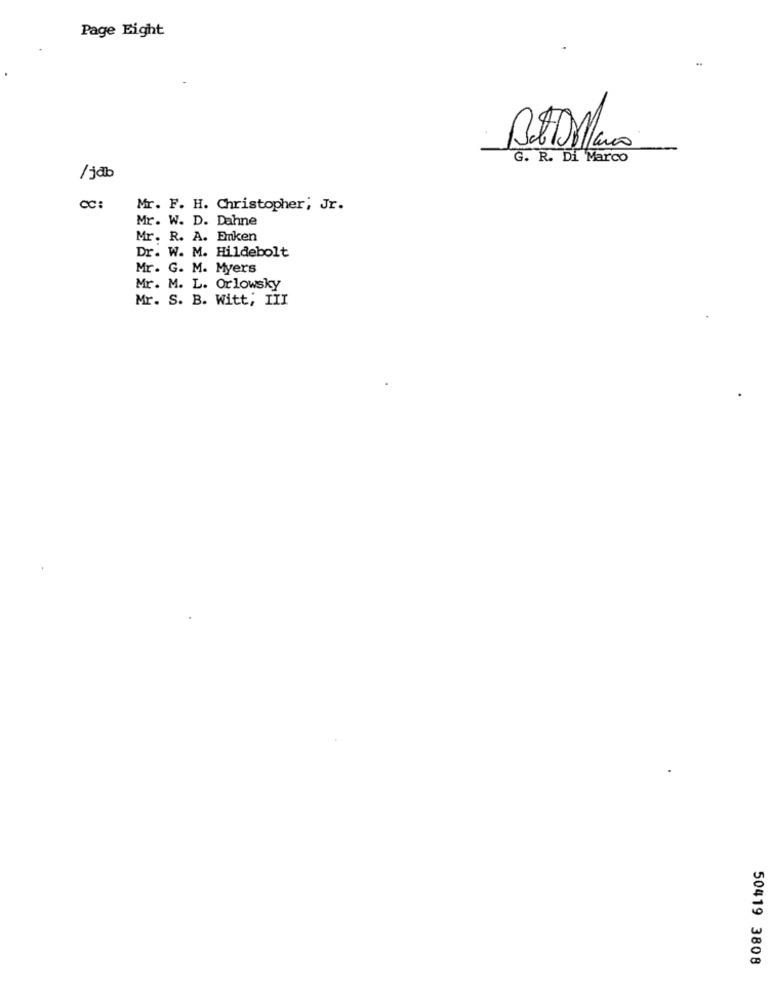
Page Eight
BADMano
G. R. Di Marco
/jdb
CC:
Mr. F. H. Christopher; Jr.
Mr. W. D. Dahne
Mr. R. A. Emken
Dr. W. M. Hildebolt
Mr. G. M. Myers
Mr. M. L. Orlowsky
Mr. S. B. Witt; III
50419 3808